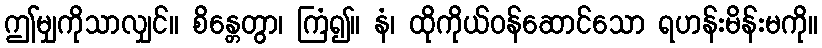
ဤမျှကိုသာလျှင်။ စိန္တေတွာ၊ ကြံ၍။ နံ၊ ထိုကိုယ်ဝန်ဆောင်သော ရဟန်းမိန်းမကို။